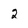
Character: 2